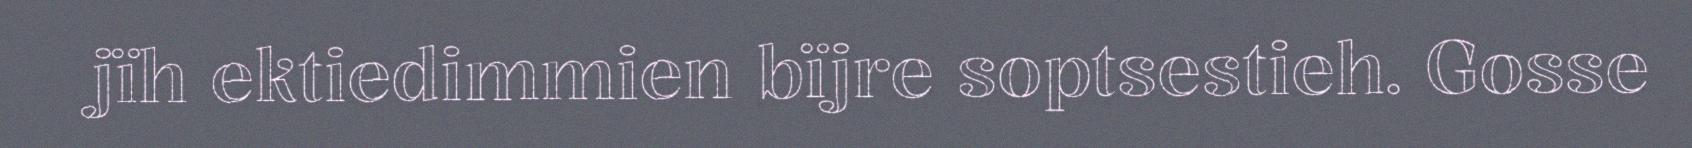
jïh ektiedimmien bïjre soptsestieh. Gosse